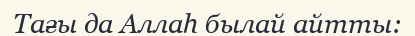
Тағы да Аллаһ былай айтты: